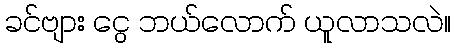
ခင်ဗျား ငွေ ဘယ်လောက် ယူလာသလဲ။